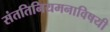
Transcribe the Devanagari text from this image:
संततिनियमनाविषयी